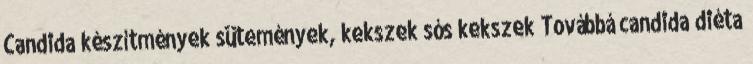
Candida készítmények sütemények, kekszek sós kekszek Továbbá candida diéta